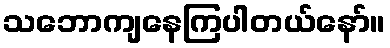
သဘောကျနေကြပါတယ်နော်။